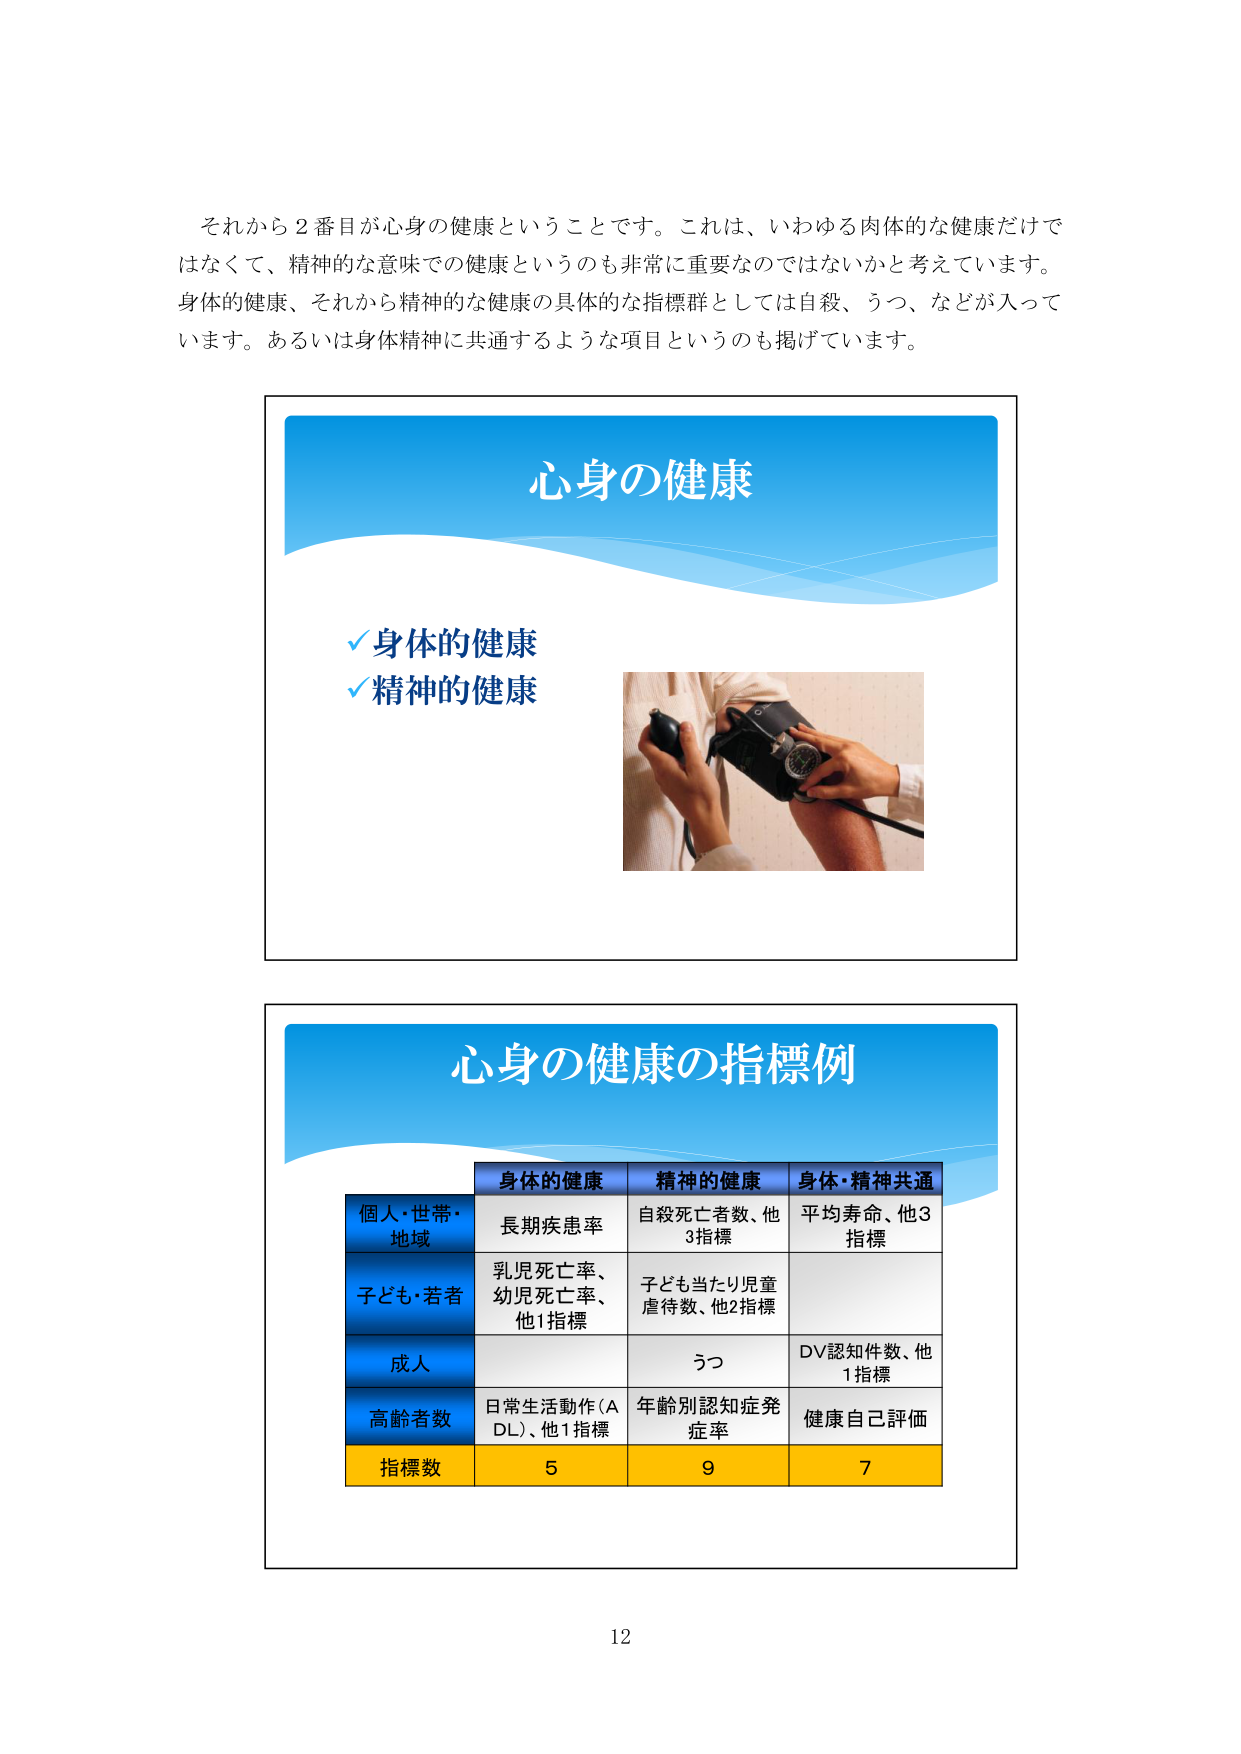
それから２番目が心身の健康ということです。これは、いわゆる肉体的な健康だけではなくて、精神的な意味での健康というのも非常に重要なのではないかと考えています。身体的健康、それから精神的な健康の具体的な指標群としては自殺、うつ、などが入っています。あるいは身体精神に共通するような項目というのも掲げています。

心身の健康
✓ 身体的健康
✓ 精神的健康

心身の健康の指標例
身体的健康 精神的健康 身体・精神共通
個人・世帯・地域 長期疾患率 自殺死亡者数、他3指標 平均寿命、他3指標
子ども・若者 乳児死亡率、幼児死亡率、他1指標 子ども当たり児童虐待数、他2指標
成人 うつ DV認知件数、他1指標
高齢者数 日常生活動作（ADL）、他1指標 年齢別認知症発症率 健康自己評価
指標数 5 9 7

12